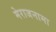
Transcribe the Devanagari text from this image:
मेराजनामा